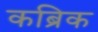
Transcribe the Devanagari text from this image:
कब्रिक